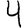
Digit: 4